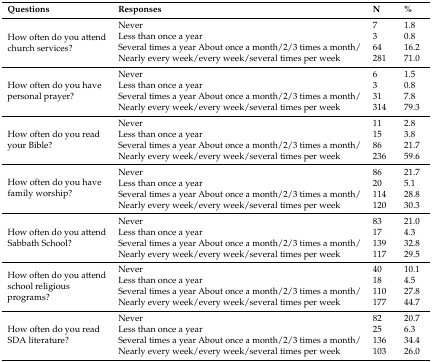
| Questions | Responses | N | % |
 | --- | --- | --- | --- |
 | <ROWSPAN=4> How often do you attend church services? | Never | 7 | 1.8 |
 | Less than once a year | 3 | 0.8 |
 | Several times a year About once a month/2/3 times a month/ | 64 | 16.2 |
 | Nearly every week/every week/several times per week | 281 | 71.0 |
 | <ROWSPAN=4> How often do you have personal prayer? | Never | 6 | 1.5 |
 | Less than once a year | 3 | 0.8 |
 | Several times a year About once a month/2/3 times a month/ | 31 | 7.8 |
 | Nearly every week/every week/several times per week | 314 | 79.3 |
 | <ROWSPAN=4> How often do you read your Bible? | Never | 11 | 2.8 |
 | Less than once a year | 15 | 3.8 |
 | Several times a year About once a month/2/3 times a month/ | 86 | 21.7 |
 | Nearly every week/every week/several times per week | 236 | 59.6 |
 | <ROWSPAN=4> How often do you have family worship? | Never | 86 | 21.7 |
 | Less than once a year | 20 | 5.1 |
 | Several times a year About once a month/2/3 times a month/ | 114 | 28.8 |
 | Nearly every week/every week/several times per week | 120 | 30.3 |
 | <ROWSPAN=4> How often do you attend Sabbath School? | Never | 83 | 21.0 |
 | Less than once a year | 17 | 4.3 |
 | Several times a year About once a month/2/3 times a month/ | 139 | 32.8 |
 | Nearly every week/every week/several times per week | 117 | 29.5 |
 | <ROWSPAN=4> How often do you attend school religious programs? | Never | 40 | 10.1 |
 | Less than once a year | 18 | 4.5 |
 | Several times a year About once a month/2/3 times a month/ | 110 | 27.8 |
 | Nearly every week/every week/several times per week | 177 | 44.7 |
 | <ROWSPAN=4> How often do you read SDA literature? | Never | 82 | 20.7 |
 | Less than once a year | 25 | 6.3 |
 | Several times a year About once a month/2/3 times a month/ | 136 | 34.4 |
 | Nearly every week/every week/several times per week | 103 | 26.0 |